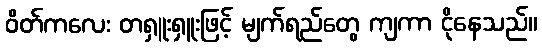
ဝိတ်ကလေး တရှူးရှူးဖြင့် မျက်ရည်တွေ ကျကာ ငိုနေသည်။